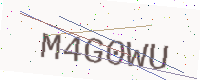
Text: M4G0WU